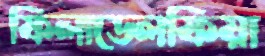
ফিলাডেলফিয়া